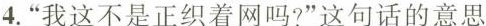
4.”我这不是正织着网吗?”这句话的意思是